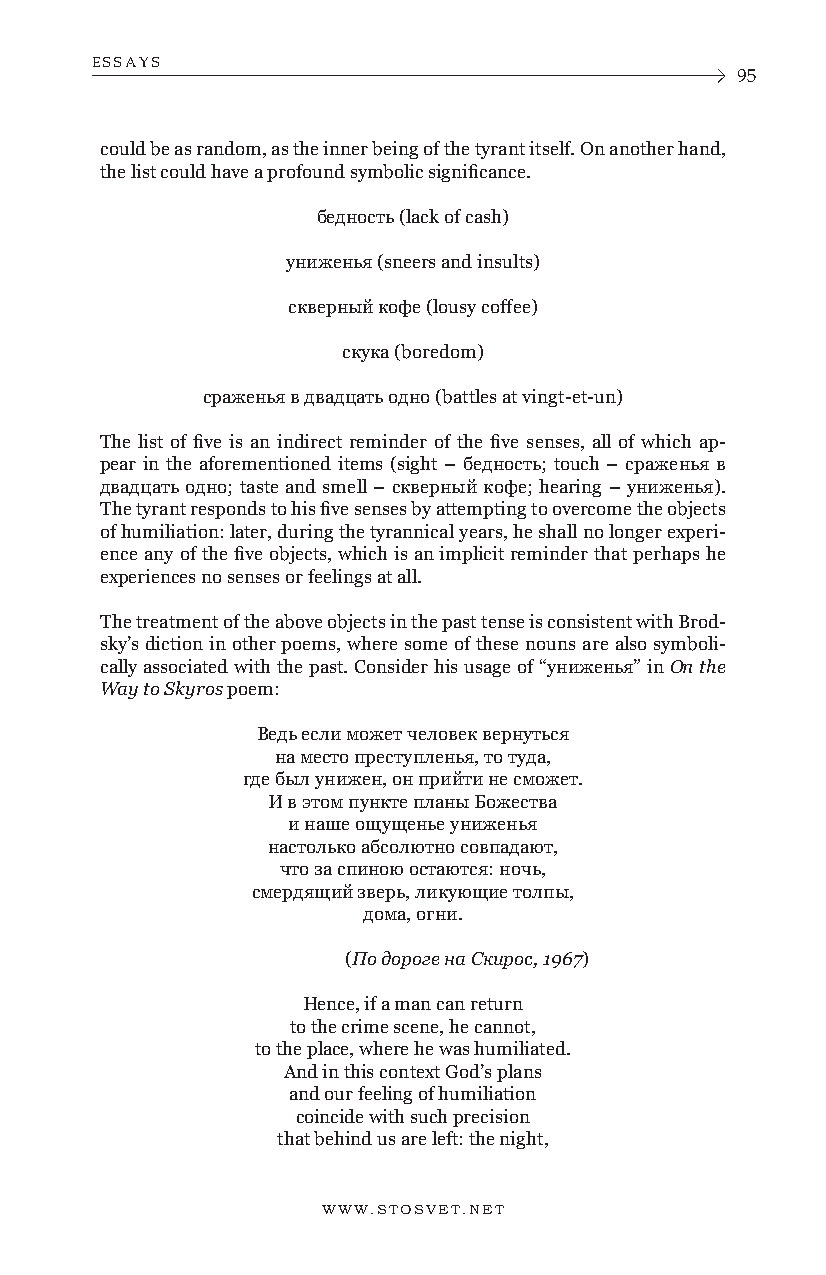
ESSAYS
 95
 could be as random, as the inner being of the tyrant itself. On another hand,
 the list could have a profound symbolic significance.
 бедность (lack of cash)
 униженья (sneers and insults)
 скверный кофе (lousy coffee)
 скука (boredom)
 сраженья в двадцать одно (battles at vingt-et-un)
 The list of five is an indirect reminder of the five senses, all of which ap-
 pear in the aforementioned items (sight – бедность; touch – сраженья в
 двадцать одно; taste and smell – скверный кофе; hearing – униженья).
 The tyrant responds to his five senses by attempting to overcome the objects
 of humiliation: later, during the tyrannical years, he shall no longer experi-
 ence any of the five objects, which is an implicit reminder that perhaps he
 experiences no senses or feelings at all.
 The treatment of the above objects in the past tense is consistent with Brod-
 sky’s diction in other poems, where some of these nouns are also symboli-
 cally associated with the past. Consider his usage of “униженья” in On the
 Way to Skyros poem:
 Ведь если может человек вернуться
 на место преступленья, то туда,
 где был унижен, он прийти не сможет.
 И в этом пункте планы Божества
 и наше ощущенье униженья
 настолько абсолютно совпадают,
 что за спиною остаются: ночь,
 смердящий зверь, ликующие толпы,
 дома, огни.
 (По дороге на Скирос, 1967)
 Hence, if a man can return
 to the crime scene, he cannot,
 to the place, where he was humiliated.
 And in this context God’s plans
 and our feeling of humiliation
 coincide with such precision
 that behind us are left: the night,
 WWW.STOSVET.NET      WWW.STOSVET.NET